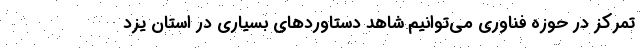
تمرکز در حوزه فناوری می‌توانیم شاهد دستاوردهای بسیاری در استان یزد